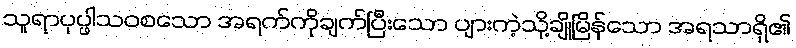
သူရာပုပ္ဖါသဝစသော အရက်ကိုချက်ပြီးသော ပျားကဲ့သို့ချိုမြိန်သော အရသာရှိ၏